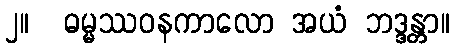
၂။  ဓမ္မဿဝနကာလော အယံ ဘဒ္ဒန္တာ။